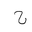
Letter: _ha